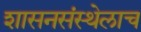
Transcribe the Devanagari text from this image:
शासनसंस्थेलाच